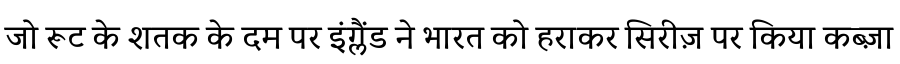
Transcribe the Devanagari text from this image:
जो रूट के शतक के दम पर इंग्लैंड ने भारत को हराकर सिरीज़ पर किया कब्ज़ा